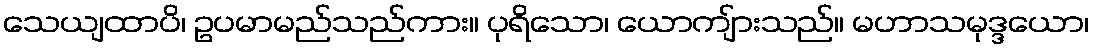
သေယျထာပိ၊ ဥပမာမည်သည်ကား။ ပုရိသော၊ ယောကျ်ားသည်။ မဟာသမုဒ္ဒယော၊